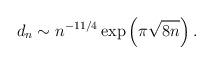
LaTeX: \begin{align*}d_n\sim n^{-11/4} \exp \left (\pi\sqrt{8n}\right ).\end{align*}